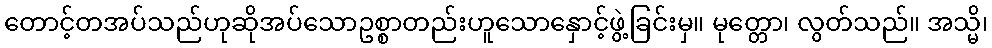
တောင့်တအပ်သည်ဟုဆိုအပ်သောဥစ္စာတည်းဟူသောနှောင့်ဖွဲ့ခြင်းမှ။ မုတ္တော၊ လွတ်သည်။ အသ္မိ၊